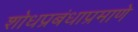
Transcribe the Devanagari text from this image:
शोधप्रबंधाप्रमाणे